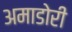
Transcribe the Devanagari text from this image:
अमाडोरी